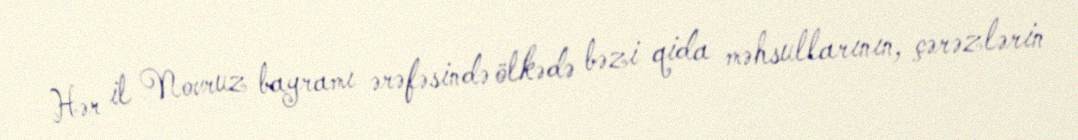
Hər il Novruz bayramı ərəfəsində ölkədə bəzi qida məhsullarının, çərəzlərin